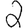
Digit: 2